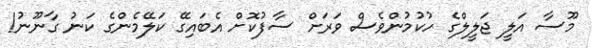
މޫސާ އަލީ ޖަލީލްގެ ހުކުމުންވެސް ވަރަށް ސާފުކޮށް އެބައިގޭ ކަލޭމެންގެ ކަނު ގާނޫނު!